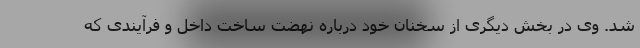
شد. وی در بخش دیگری از سخنان خود درباره نهضت ساخت داخل و فرآیندی که